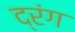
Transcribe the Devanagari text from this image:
द्रंग